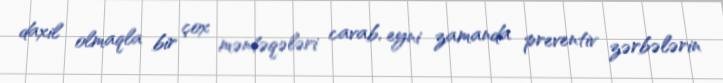
daxil olmaqla bir çox məntəqələri cavab, eyni zamanda preventiv zərbələrin